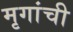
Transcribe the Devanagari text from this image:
मृगांची